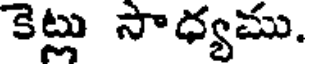
కెట్లు సాధ్యము.